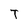
Character: T